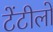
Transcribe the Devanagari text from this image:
टेंटीलो